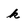
Character: k